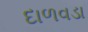
દાળવડા